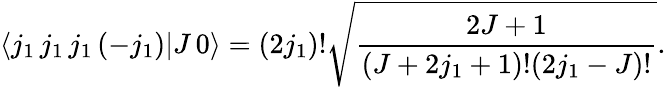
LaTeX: \langle j_{1}\, j_{1}\, j_{1}\, (-j_{1})|J\, 0\rangle=(2j_{1})!{\sqrt{\frac{2J+1}{(J+2j_{1}+1)!(2j_{1}-J)!}}}.